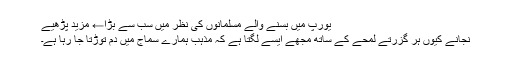
یورپ میں بسنے والے مُسلمانوں کی نظر میں سب سے بڑا← مزید پڑھیے
نجانے کیوں ہر گزرتے لمحے کے ساتھ مجھے ایسے لگتا ہے کہ مذہب ہمارے سماج میں دم توڑتا جا رہا ہے۔